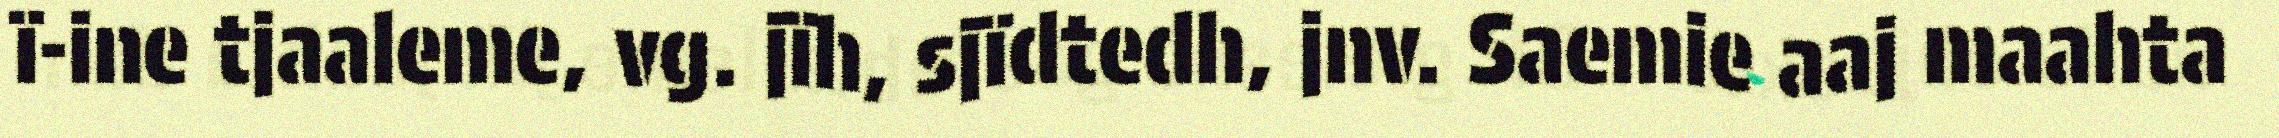
ï-ine tjaaleme, vg. jïh, sjïdtedh, jnv. Saemie aaj maahta